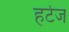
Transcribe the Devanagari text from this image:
हर्टज